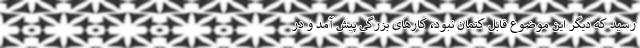
رسید که دیگر این موضوع قابل کتمان نبود، کارهای بزرگی پیش آمد و در